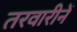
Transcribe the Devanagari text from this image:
तरवारीनें